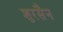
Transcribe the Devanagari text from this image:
शुरसैन